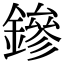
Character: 鏒